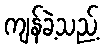
ကျန်ခဲ့သည့်